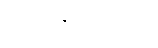
မောင်တောတွင်